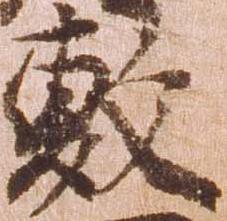
敷